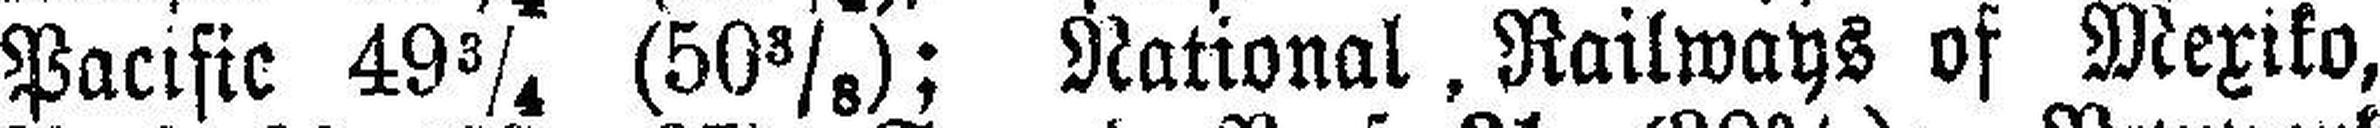
Pacific 49¾ (50⅜); National, Railways of Mexiko,